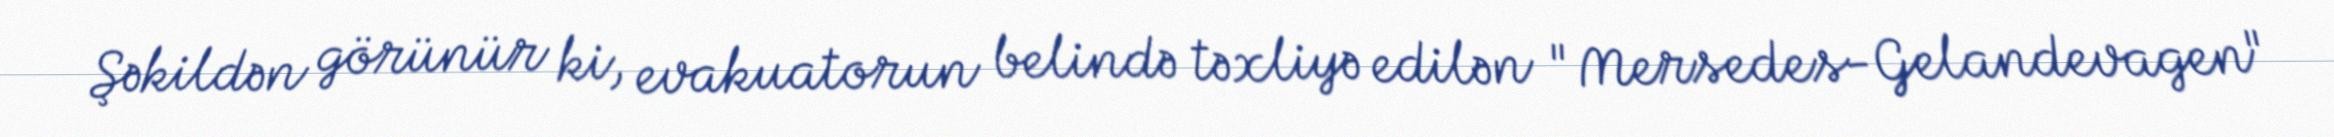
Şəkildən görünür ki, evakuatorun belində təxliyə edilən "Mersedes-Gelandevagen"